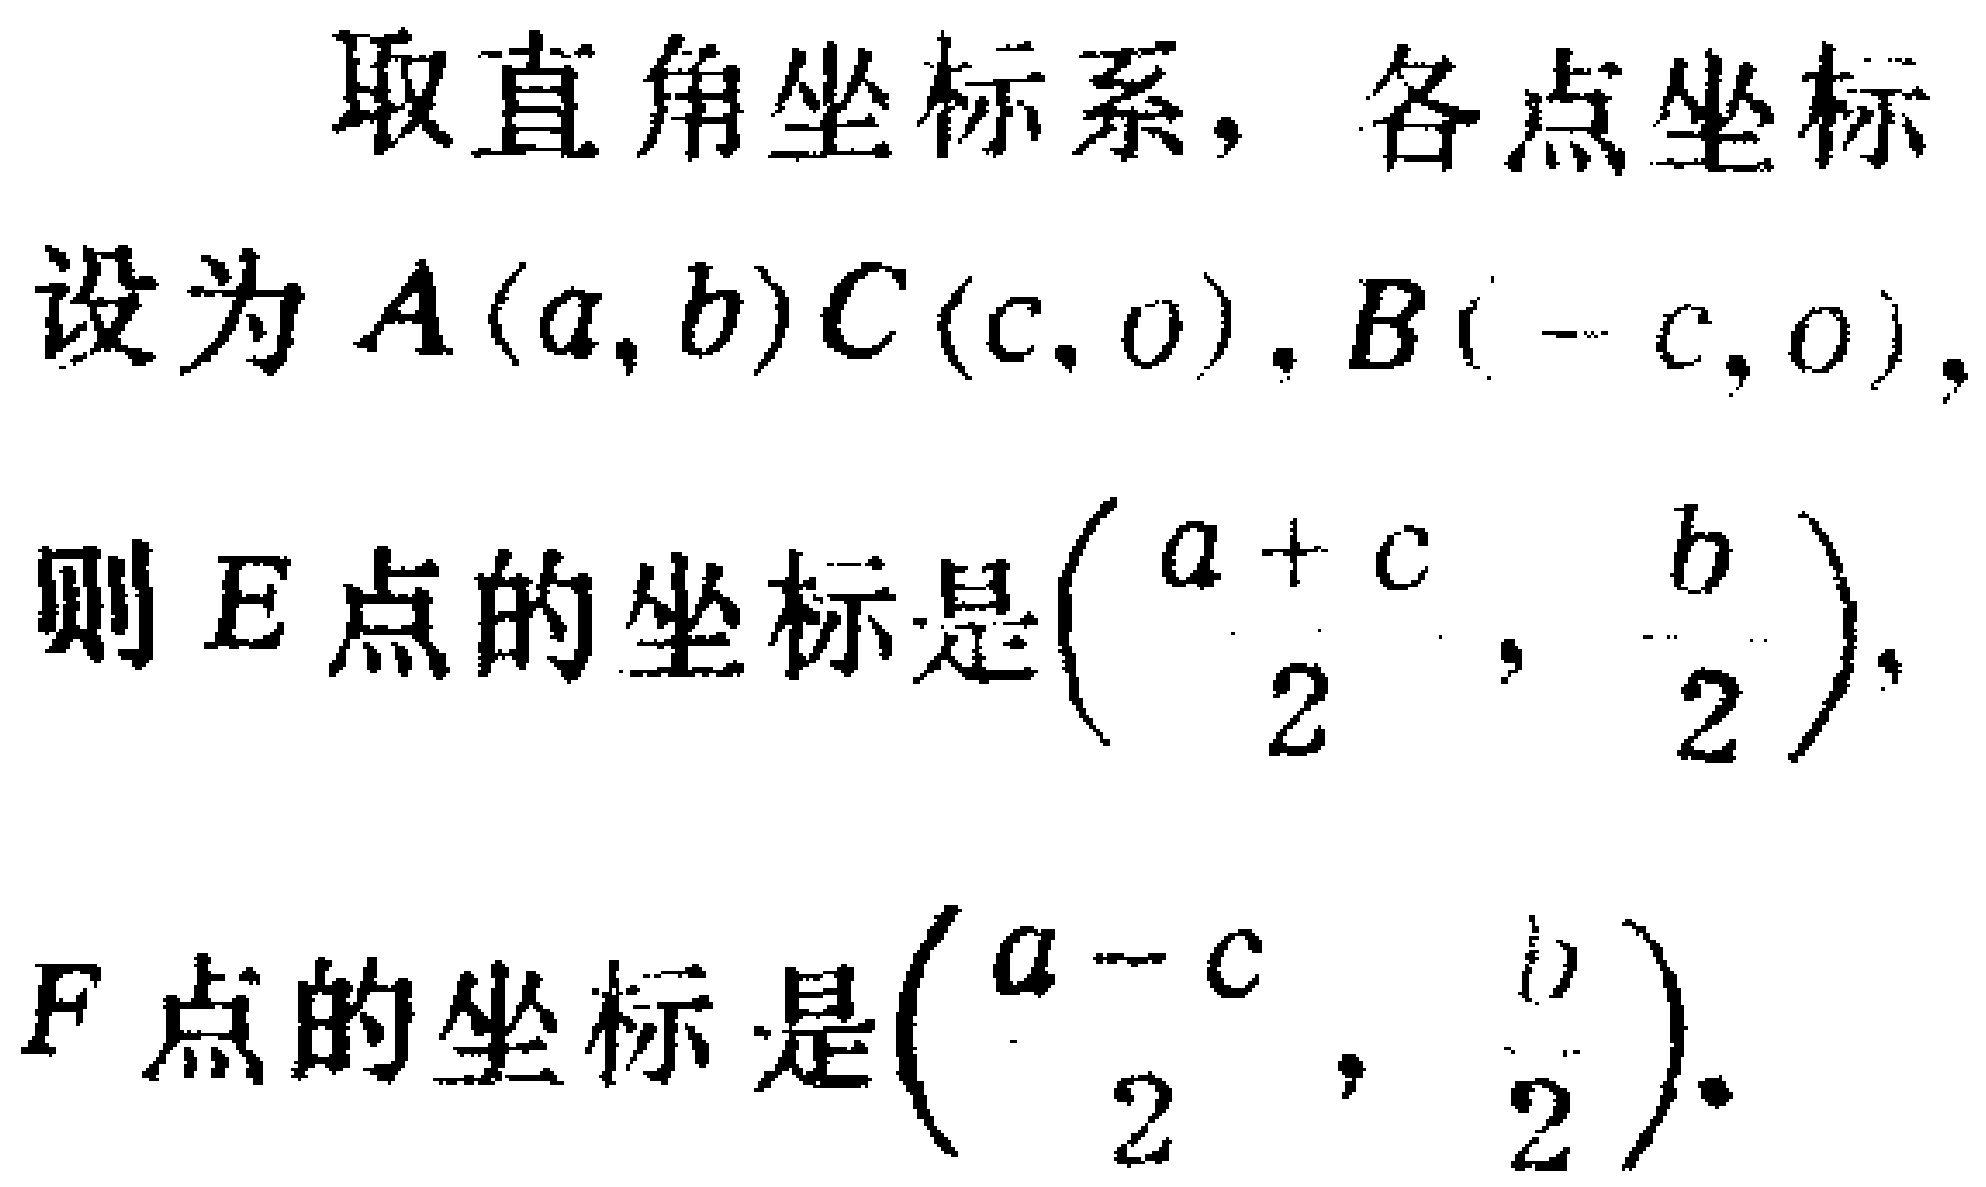
取直角坐标系，各点坐标

设为\(A(a,b)C(c,0),B(-c,0)\)，

则\(E\)点的坐标是\((\frac{a + c}{2}, \frac{b}{2})\)，

\(F\)点的坐标是\((\frac{a - c}{2}, \frac{b}{2})\)。